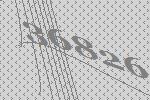
36826